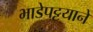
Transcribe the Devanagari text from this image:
भाडेपट्टयाने